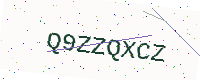
Text: Q9ZZQXCZ